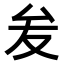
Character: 𭆙